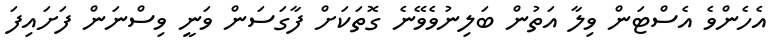
އެހެންވެ އެސްޓަން ވިލާ އަތުން ބަލިނުވެވޭނެ ގޮތަކަށް ފާގަސަން ވަނީ ވިސްނަން ފަށައިފަ